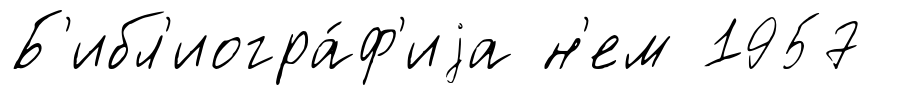
Б'ибл'иогра́ф'иjа н'ем 1957